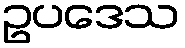
ဥပဒေသ